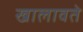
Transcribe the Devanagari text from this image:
खालावते